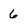
Character: 6